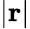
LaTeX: \left|\mathbf{r}\right|